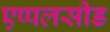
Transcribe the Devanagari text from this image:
एप्पलसीड